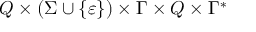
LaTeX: Q \times ( \Sigma \cup \{ \varepsilon \} ) \times \Gamma \times Q \times \Gamma ^ { * }